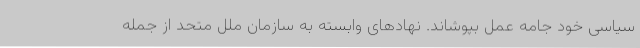
سیاسی خود جامه عمل بپوشاند. نهادهای وابسته به سازمان ملل متحد از جمله